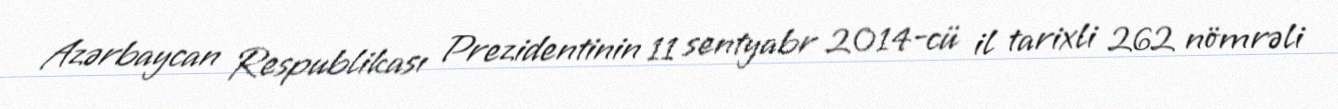
Azərbaycan Respublikası Prezidentinin 11 sentyabr 2014-cü il tarixli 262 nömrəli